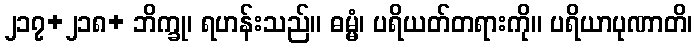
၂၁၇+၂၁၈+ ဘိက္ခု၊ ရဟန်းသည်။ ဓမ္မံ၊ ပရိယတ်တရားကို။ ပရိယာပုဏာတိ၊